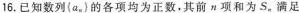
16.已知数列(a_{n})的各项均为正数，其前项和为S_{n}满足